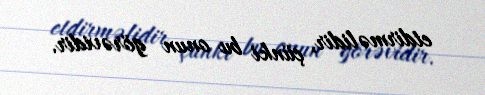
etdirməlidir, çünki bu onun görəvidir.